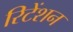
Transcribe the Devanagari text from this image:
रिटेंशन